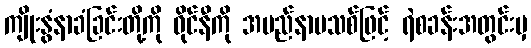
ကျိုးနွံနာခံခြင်းတို့ကို ဝိုင်နီကို အမည်နာမသစ်ဖြင့် ရဲစခန်းအတွင်းမှ